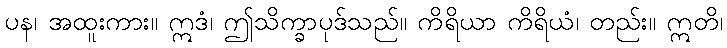
ပန၊ အထူးကား။ ဣဒံ၊ ဤသိက္ခာပုဒ်သည်။ ကိရိယာ ကိရိယံ၊ တည်း။ ဣတိ၊